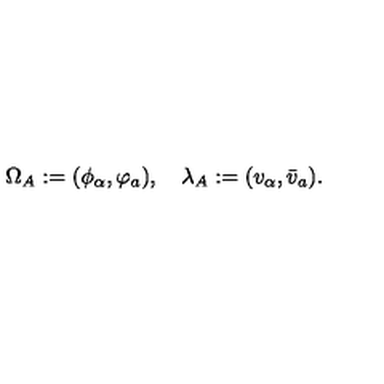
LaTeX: \Omega _ { A } : = ( \phi _ { \alpha } , \varphi _ { a } ) , \quad \lambda _ { A } : = ( v _ { \alpha } , \bar { v } _ { a } ) .